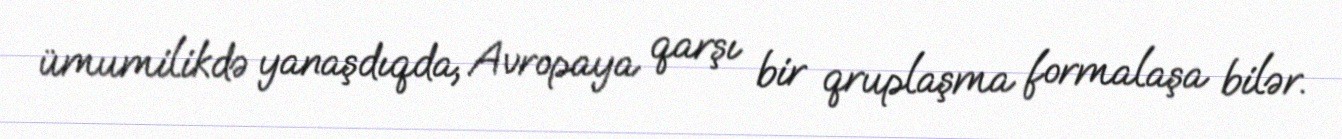
ümumilikdə yanaşdıqda, Avropaya qarşı bir qruplaşma formalaşa bilər.